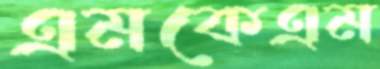
এমকেএম